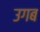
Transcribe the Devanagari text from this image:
उगब